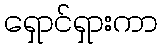
ရှောင်ရှားကာ